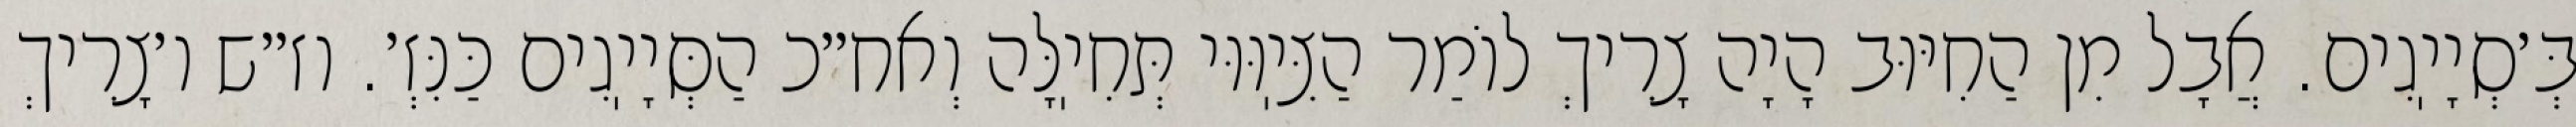
בְּ׳סְיָיֽגִים. אֲבָל מִן הַחִיּוּב הָיָה צָרִיךְ לוֹמַר הַצִּיֽוּוּי תְּחִיֽלָּה וְאח״כ הַסְּיָיֽגִים כַּנִּזְ׳. וז״ש ו׳צָרִיךְ